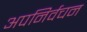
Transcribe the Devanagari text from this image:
अपनिर्वचन